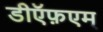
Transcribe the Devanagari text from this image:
डीऍफ़एम्